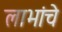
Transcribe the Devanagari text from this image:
लाभांचे